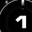
Digit: 1